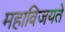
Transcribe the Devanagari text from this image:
महाविजयते